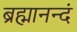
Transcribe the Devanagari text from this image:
ब्रह्मानन्दं